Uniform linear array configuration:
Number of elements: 32
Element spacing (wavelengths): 0.25
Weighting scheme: kaiser
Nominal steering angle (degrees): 60
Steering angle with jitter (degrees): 60.283
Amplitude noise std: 0.05
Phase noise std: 0.05

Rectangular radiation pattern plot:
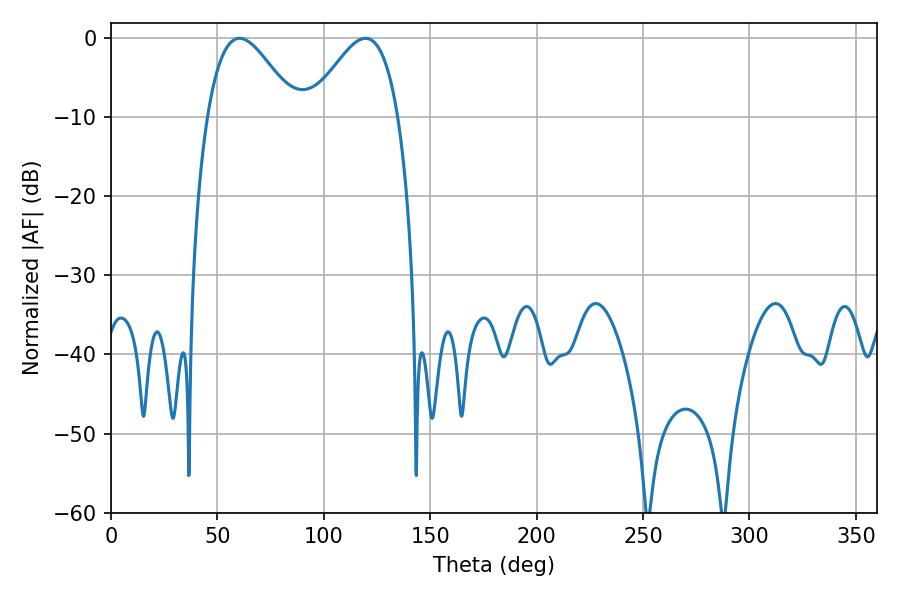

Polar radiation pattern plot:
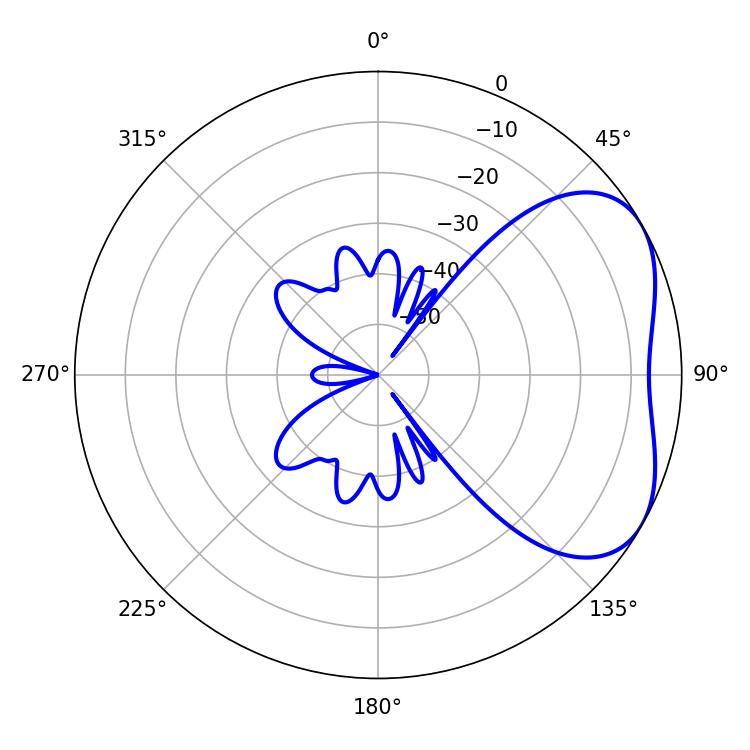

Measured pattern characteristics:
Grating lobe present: FALSE
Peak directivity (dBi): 4.125
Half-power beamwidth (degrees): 22.32
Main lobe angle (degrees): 60.48